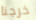
خرجنا